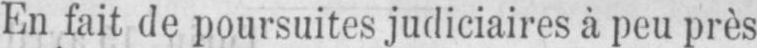
En fait de poursuites judiciaires à peu près